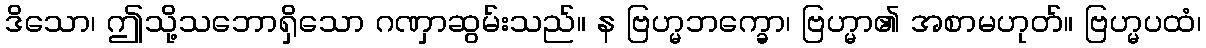
ဒိသော၊ ဤသို့သဘောရှိသော ဂဏှာဆွမ်းသည်။ န ဗြဟ္မဘက္ခော၊ ဗြဟ္မာ၏ အစာမဟုတ်။ ဗြဟ္မပထံ၊